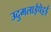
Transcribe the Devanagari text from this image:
उदुमलाईपेट्टई